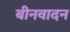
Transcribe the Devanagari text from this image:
बीनवादन